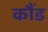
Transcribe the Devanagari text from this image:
कौंड